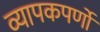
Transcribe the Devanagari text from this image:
व्यापकपर्णो